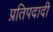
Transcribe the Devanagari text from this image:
प्रतिपदादी